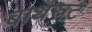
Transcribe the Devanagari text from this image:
बाथस्रट